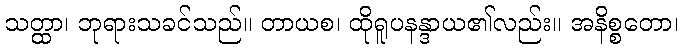
သတ္ထာ၊ ဘုရားသခင်သည်။ တာယစ၊ ထိုရူပနန္ဒာယ၏လည်း။ အနိစ္စတော၊